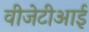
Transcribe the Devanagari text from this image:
वीजेटीआई